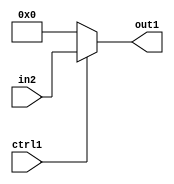
`timescale 1ps / 1ps
/*****************************************************************************
    Verilog RTL Description
    
    
    Created by: CellMath Designer 2019.1.01 
*******************************************************************************/

module float_div_Muxu8i0u1_0 (
	in2,
	ctrl1,
	out1
	); /* architecture "behavioural" */ 
input [7:0] in2;
input  ctrl1;
output [7:0] out1;
wire [7:0] asc001;

reg [7:0] asc001_tmp_0;
assign asc001 = asc001_tmp_0;
always @ (ctrl1 or in2) begin
	case (ctrl1)
		1'B1 : asc001_tmp_0 = in2 ;
		default : asc001_tmp_0 = 8'B00000000 ;
	endcase
end

assign out1 = asc001;
endmodule

/* CADENCE  uLTzQw0= : u9/ySgnWtBlWxVPRXgAZ4Og= ** DO NOT EDIT THIS LINE ******/